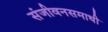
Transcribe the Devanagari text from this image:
संजीवनसमाधी